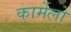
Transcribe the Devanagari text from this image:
कार्मेलो